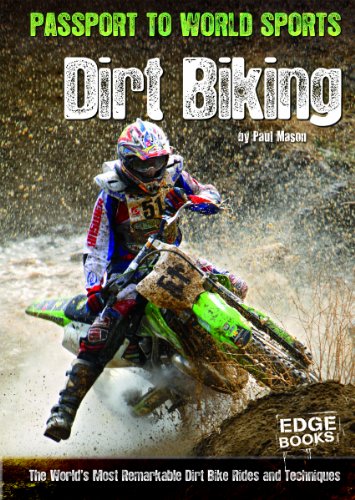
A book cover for Dirt Biking: The World's Most Remarkable Dirt Bike Rides and Techniques (Passport to World Sports); Paul Mason; Children's Books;